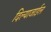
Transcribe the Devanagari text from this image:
दिल्याजाईल